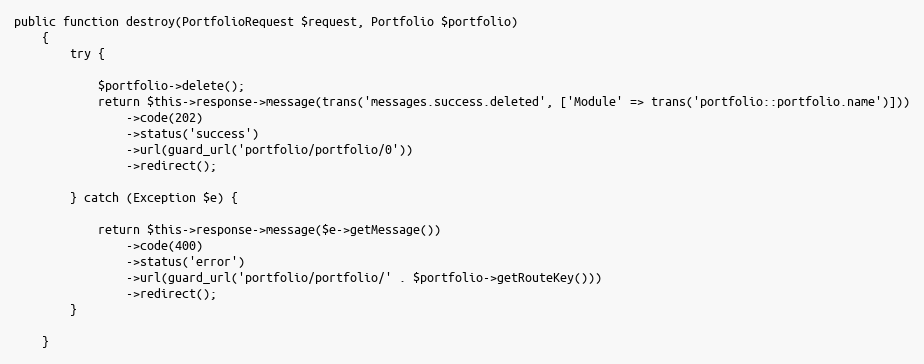
Language: PHP
public function destroy(PortfolioRequest $request, Portfolio $portfolio)
    {
        try {

            $portfolio->delete();
            return $this->response->message(trans('messages.success.deleted', ['Module' => trans('portfolio::portfolio.name')]))
                ->code(202)
                ->status('success')
                ->url(guard_url('portfolio/portfolio/0'))
                ->redirect();

        } catch (Exception $e) {

            return $this->response->message($e->getMessage())
                ->code(400)
                ->status('error')
                ->url(guard_url('portfolio/portfolio/' . $portfolio->getRouteKey()))
                ->redirect();
        }

    }